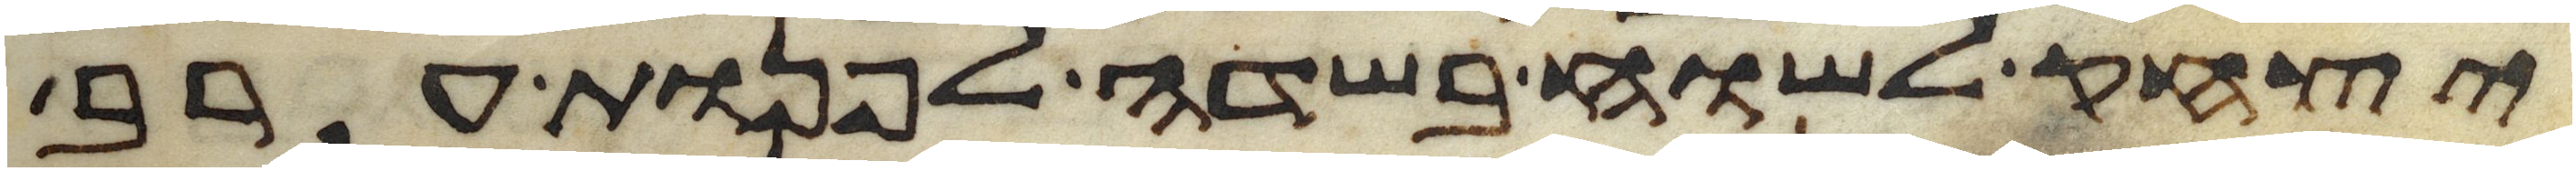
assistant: יצחק לשוח בשדה לפנות ערב